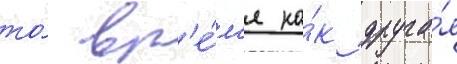
то́ вр'е́м'я ка́к друга́я